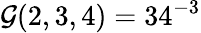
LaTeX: \mathcal{G}(2,3,4)=34^{-3}